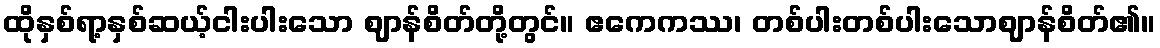
ထိုနှစ်ရာ့နှစ်ဆယ့်ငါးပါးသော ဈာန်စိတ်တို့တွင်။ ဧကေကဿ၊ တစ်ပါးတစ်ပါးသောဈာန်စိတ်၏။